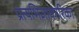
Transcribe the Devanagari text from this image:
प्रत्यभिज्ञाकारिका